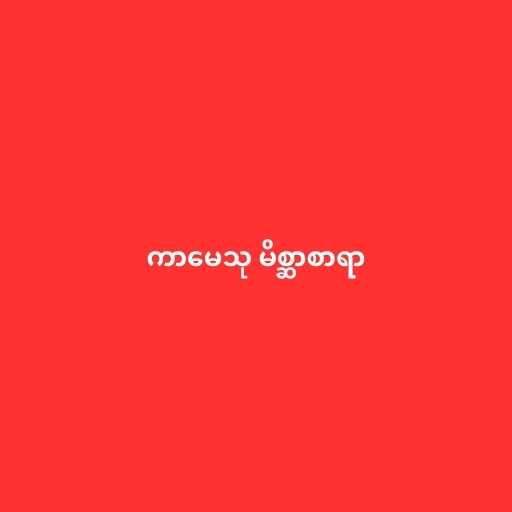
ကာမေသု မိစ္ဆာစာရာ